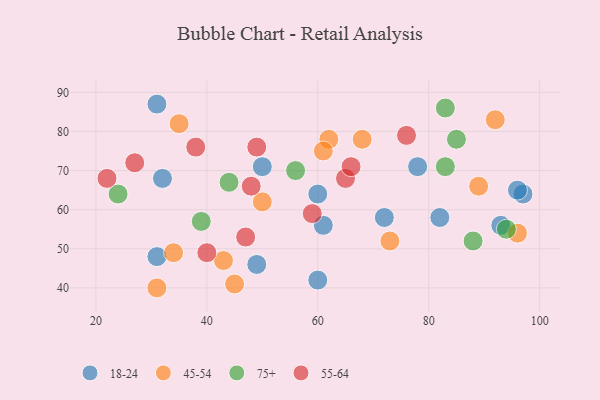
{"axis": {"x": "GDP", "y": "Life Expectancy"}, "legend": ["18-24", "45-54", "55-64", "75+"], "data": [{"x": "72", "y": 58, "type": "18-24"}, {"x": "32", "y": 68, "type": "18-24"}, {"x": "97", "y": 64, "type": "18-24"}, {"x": "82", "y": 58, "type": "18-24"}, {"x": "60", "y": 42, "type": "18-24"}, {"x": "50", "y": 71, "type": "18-24"}, {"x": "49", "y": 46, "type": "18-24"}, {"x": "60", "y": 64, "type": "18-24"}, {"x": "31", "y": 48, "type": "18-24"}, {"x": "93", "y": 56, "type": "18-24"}, {"x": "78", "y": 71, "type": "18-24"}, {"x": "31", "y": 87, "type": "18-24"}, {"x": "61", "y": 56, "type": "18-24"}, {"x": "96", "y": 65, "type": "18-24"}, {"x": "62", "y": 78, "type": "45-54"}, {"x": "92", "y": 83, "type": "45-54"}, {"x": "73", "y": 52, "type": "45-54"}, {"x": "43", "y": 47, "type": "45-54"}, {"x": "31", "y": 40, "type": "45-54"}, {"x": "61", "y": 75, "type": "45-54"}, {"x": "96", "y": 54, "type": "45-54"}, {"x": "45", "y": 41, "type": "45-54"}, {"x": "89", "y": 66, "type": "45-54"}, {"x": "50", "y": 62, "type": "45-54"}, {"x": "35", "y": 82, "type": "45-54"}, {"x": "34", "y": 49, "type": "45-54"}, {"x": "68", "y": 78, "type": "45-54"}, {"x": "94", "y": 55, "type": "75+"}, {"x": "44", "y": 67, "type": "75+"}, {"x": "24", "y": 64, "type": "75+"}, {"x": "83", "y": 86, "type": "75+"}, {"x": "85", "y": 78, "type": "75+"}, {"x": "39", "y": 57, "type": "75+"}, {"x": "56", "y": 70, "type": "75+"}, {"x": "83", "y": 71, "type": "75+"}, {"x": "88", "y": 52, "type": "75+"}, {"x": "38", "y": 76, "type": "55-64"}, {"x": "48", "y": 66, "type": "55-64"}, {"x": "27", "y": 72, "type": "55-64"}, {"x": "22", "y": 68, "type": "55-64"}, {"x": "40", "y": 49, "type": "55-64"}, {"x": "76", "y": 79, "type": "55-64"}, {"x": "65", "y": 68, "type": "55-64"}, {"x": "59", "y": 59, "type": "55-64"}, {"x": "47", "y": 53, "type": "55-64"}, {"x": "49", "y": 76, "type": "55-64"}, {"x": "66", "y": 71, "type": "55-64"}]}